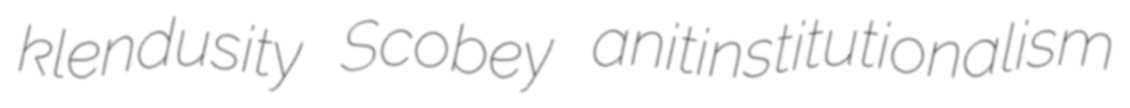
klendusity Scobey anitinstitutionalism